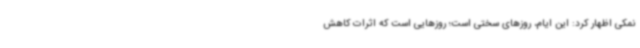
نمکی اظهار کرد: این ایام، روزهای سختی است؛ روزهایی است که اثرات کاهش